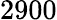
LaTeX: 2900